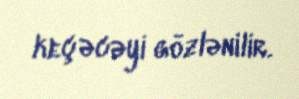
keçəcəyi gözlənilir.